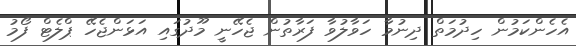
އެހެންކަމުން ހިދުމަތް ދިނުމާ ހަވާލުވާ ފަރާތުން ޖެހޭނީ މޫދުގައި އަޅަންޖެހޭ ޕްލެޓް ފޯމު